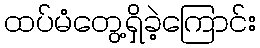
ထပ်မံတွေ့ရှိခဲ့ကြောင်း